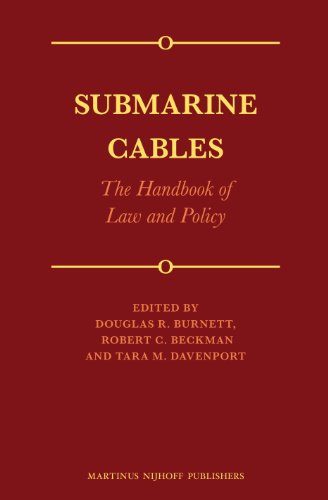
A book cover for Submarine Cables: The Handbook of Law and Policy; Douglas R. Burnett; Law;